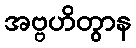
အဗ္ဗဟိတွာန